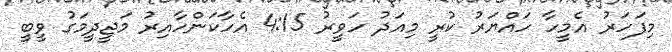
މިފަހަރު އެމީހާ ހައްޔަރު ކުރީ މިއަދު ހަވީރު 4:15 އެހާކަންހާއިރު މަޖީދީމަގު ވީބީ